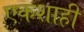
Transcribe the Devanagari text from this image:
एकशाही